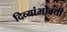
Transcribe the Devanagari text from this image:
दिव्यांभोवती